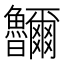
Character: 鿩